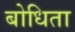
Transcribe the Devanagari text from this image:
बोधिता